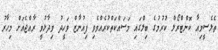
ތެލެސީމިއާ ކޮންޓްރޯލް ކުރުމުގެ ބިލްގައި މަސައްކަތްކުރެއްވެވި ފިއުނާޒް ވަހީދު ވިދާޅުވީ ރާއްޖެއަށް މިހާރު